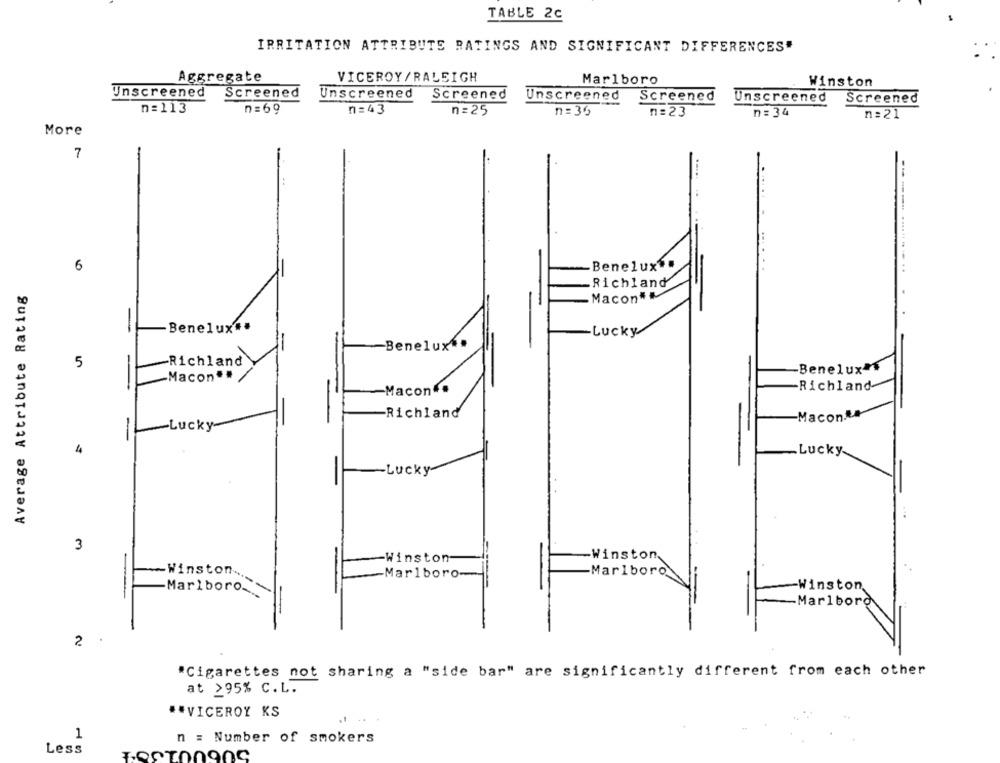
TABLE 2C
IRRITATION ATTRIBUTE RATINGS AND SIGNIFICANT DIFFERENCES"
Aggregate
VICEROY/RALEIGH
Marlboro
Winston
Unscreened
Screened
Unscreened
Screened
Unscreened
Screened
Unscreened
Screened
n=113
n =69
n=43
n= 25
n = 35
n = 23
n= 34
n = 21
More
7
.........
6
Benelux
Average Attribute Rating
Richland
Macon **
Benelux ..
-Lucky
-Benelux".
5
Richland
Benelux™
-Macon"#
Macon ..
Richland
-
-Richland
Macon.&#
-Lucky
4
Lucky
-Lucky
3
-Winston
-Winston-
-Marlboro
-Marlboro-
Winston
-Winston __
-Marlboro-
-Marlboro
2
"Cigarettes not sharing a "side bar" are significantly different from each other
at >95% C.L.
** VICEROY KS
1
n = Number of smokers
Less